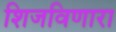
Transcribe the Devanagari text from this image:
शिजविणारा